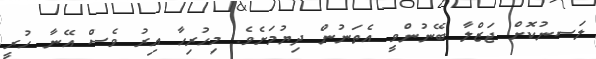
ލަސނުކޮށް ޖަޒްލާ ބޭނުންވީ އެތަނުން ދިޔުމަށެވެ. މިހުރިހާ އިރު ވެސް އޭނާ ހުރީ